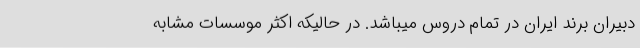
دبیران برند ایران در تمام دروس میباشد. در حالیکه اکثر موسسات مشابه